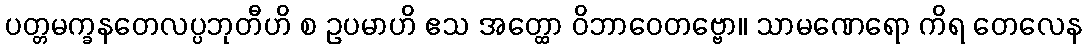
ပတ္တမက္ခနတေလပ္ပဘုတီဟိ စ ဥပမာဟိ ဧသ အတ္ထော ဝိဘာဝေတဗ္ဗော။ သာမဏေရော ကိရ တေလေန